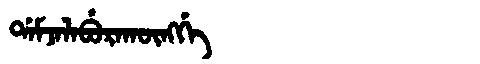
Manchu: ᡩᠠᠮᠵᠠᠯᠠᠪᡠᡵᠠᡴᡡᠩᡤᡝ
Romanization: DAMJALABURAKŪNGGE